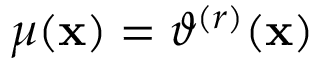
\begin{array} { r } { \mu ( \mathbf { x } ) = \vartheta ^ { ( r ) } ( \mathbf { x } ) } \end{array}